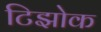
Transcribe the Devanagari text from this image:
टिझोक